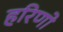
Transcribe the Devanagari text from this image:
हरिणो